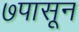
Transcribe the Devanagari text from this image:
७पासून